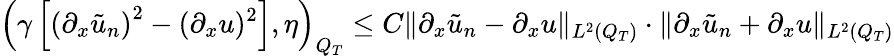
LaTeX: \left(\gamma\left[\left(\partial_{x}\tilde{u}_{n}\right)^{2}-(\partial_{x}u)^{2}\right],\eta\right)_{Q_{T}}\leq C\lVert\partial_{x}\tilde{u}_{n}-\partial_{x}u\rVert_{L^{2}(Q_{T})}\cdot\lVert\partial_{x}\tilde{u}_{n}+\partial_{x}u\rVert_{L^{2}(Q_{T})}